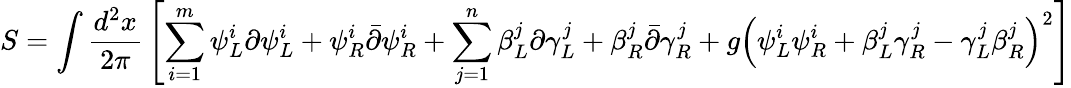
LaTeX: S=\int{\frac{d^{2}x}{2\pi}}\left[\sum_{i=1}^{m}\psi_{L}^{i}\partial\psi_{L}^{i}+\psi_{R}^{i}\bar{\partial}\psi_{R}^{i}+\sum_{j=1}^{n}\beta_{L}^{j}\partial\gamma_{L}^{j}+\beta_{R}^{j}\bar{\partial}\gamma_{R}^{j}+g\left(\psi_{L}^{i}\psi_{R}^{i}+\beta_{L}^{j}\gamma_{R}^{j}-\gamma_{L}^{j}\beta_{R}^{j}\right)^{2}\right]